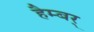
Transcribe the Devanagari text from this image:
हैम्बर्